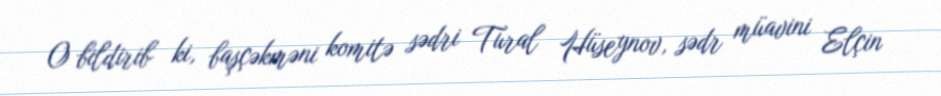
O bildirib ki, başçəkməni komitə sədri Tural Hüseynov, sədr müavini Elçin